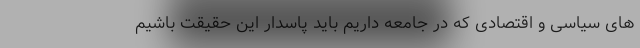
های سیاسی و اقتصادی که در جامعه داریم باید پاسدار این حقیقت باشیم